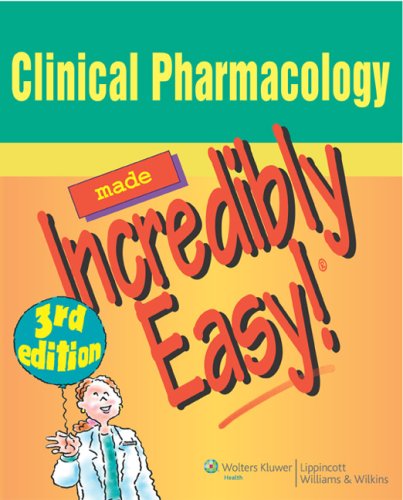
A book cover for Clinical Pharmacology Made Incredibly Easy (Incredibly Easy! SeriesÂ®); Springhouse; Medical Books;